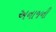
અનાજની